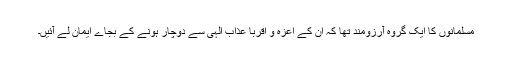
مسلمانوں کا ایک گروہ آرزومند تھا کہ اُن کے اعزہ و اقربا عذاب الٰہی سے دوچار ہونے کے بجاے ایمان لے آئیں۔